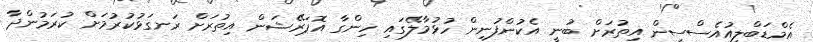
އެމްޑަބްލިއުއެސްސީން އިތުރަށް ބުނީ އެކުންފުނިން ހުޅުމާލޭގައި ހިންގާ އޮޕަރޭޝަން އިތުރަށް ރަނގަޅުކުރުމަށް ކުރަމުންދާ